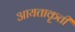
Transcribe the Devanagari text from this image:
आयताकॄती